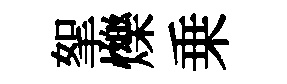
挐爍乗